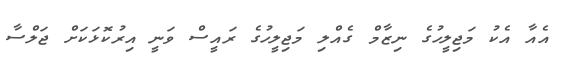
އެއާ އެކު މަޖިލީހުގެ ނިޒާމް ގެއްލި މަޖިލީހުގެ ރައީސް ވަނީ އިރުކޮޅަކަށް ޖަލްސާ